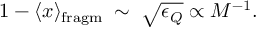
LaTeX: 1 - \langle x \rangle _ { \mathrm { f r a g m } } \; \sim \; \sqrt { \epsilon _ { Q } } \propto M ^ { - 1 } .